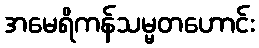
အမေရိကန်သမ္မတဟောင်း